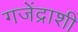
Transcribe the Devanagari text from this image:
गजेंद्राशी